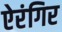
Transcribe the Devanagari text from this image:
ऐरंगिर